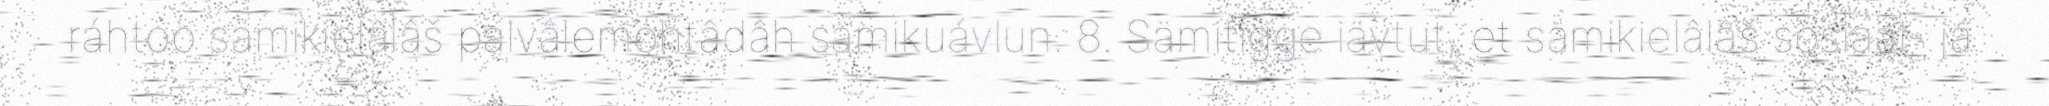
ráhtoo sämikielâlâš palvâlemohtâdâh sämikuávlun. 8. Sämitigge iävtut, et sämikielâlâš sosiaal- já